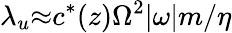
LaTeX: \lambda_{u}{\approx}c^{*}(z)\Omega^{2}{\vert}\omega{\vert}m/\eta